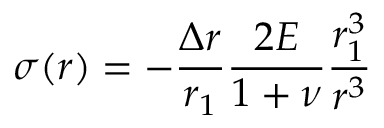
\sigma ( r ) = - \frac { \Delta r } { r _ { 1 } } \frac { 2 E } { 1 + \nu } \frac { r _ { 1 } ^ { 3 } } { r ^ { 3 } }